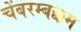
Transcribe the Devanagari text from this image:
चेंबरम्बक्कम